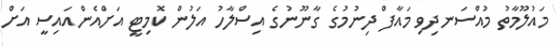
މައުލޫމާތު މުއްސަނދިވި މައާފް ދިނުމުގެ ގާނޫނުގެ އިސްލާހު އަލުން ކޮމިޓީ އަށްއެންއައިސީ އަށް